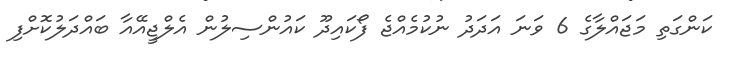
ކަންގަތި މަޖައްލާގެ 6 ވަނަ އަދަދު ނުކުމެއްޖެ ފޯކައިދޫ ކައުންސިލުން އެލްޖީއޭއާ ބައްދަލުކޮށްފި